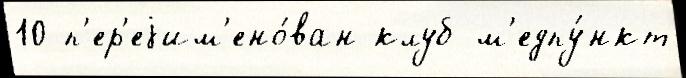
10 п'ер'еjим'ено́ван клуб м'едпу́нкт